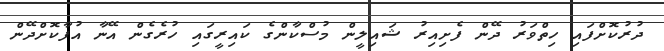
ދުރުކޮށްފައި ހިތްވަރު ދޭން ފެށިއިރު ޝައިލީން މުސްކާންގެ ކައިރީގައި ހުރެގެން އޭނާ އުފާކޮށްދޭން